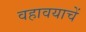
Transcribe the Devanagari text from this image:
वहावयाचें